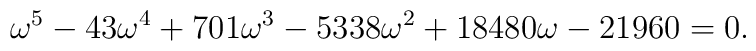
\omega^5-43\omega^4 +701\omega^3 -5338\omega^2 +18480\omega -21960 =0.